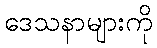
ဒေသနာများကို